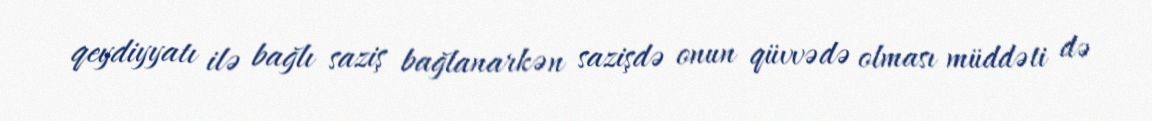
qeydiyyatı ilə bağlı saziş bağlanarkən sazişdə onun qüvvədə olması müddəti də